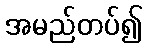
အမည်တပ်၍